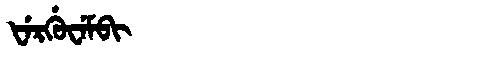
Manchu: ᡶᡝᡵᡤᡠᠸᡝᠮᠪᡳ
Romanization: FERGUWEMBI